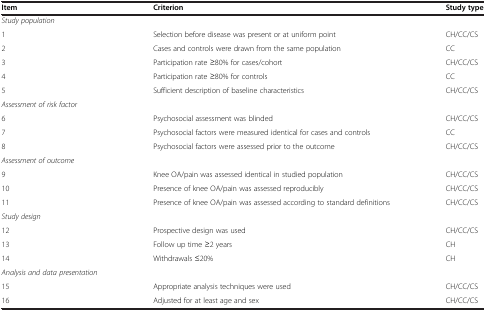
<table><thead><tr><td><b>Item</b></td><td><b>Criterion</b></td><td><b>Study type</b></td></tr></thead><tbody><tr><td><i>Study population</i></td><td> </td><td> </td></tr><tr><td>1</td><td>Selection before disease was present or at uniform point</td><td>CH/CC/CS</td></tr><tr><td>2</td><td>Cases and controls were drawn from the same population</td><td>CC</td></tr><tr><td>3</td><td>Participation rate ≥80% for cases/cohort</td><td>CH/CC/CS</td></tr><tr><td>4</td><td>Participation rate ≥80% for controls</td><td>CC</td></tr><tr><td>5</td><td>Sufficient description of baseline characteristics</td><td>CH/CC/CS</td></tr><tr><td><i>Assessment of risk factor</i></td><td> </td><td> </td></tr><tr><td>6</td><td>Psychosocial assessment was blinded</td><td>CH/CC/CS</td></tr><tr><td>7</td><td>Psychosocial factors were measured identical for cases and controls</td><td>CC</td></tr><tr><td>8</td><td>Psychosocial factors were assessed prior to the outcome</td><td>CH/CC/CS</td></tr><tr><td><i>Assessment of outcome</i></td><td> </td><td> </td></tr><tr><td>9</td><td>Knee OA/pain was assessed identical in studied population</td><td>CH/CC/CS</td></tr><tr><td>10</td><td>Presence of knee OA/pain was assessed reproducibly</td><td>CH/CC/CS</td></tr><tr><td>11</td><td>Presence of knee OA/pain was assessed according to standard definitions</td><td>CH/CC/CS</td></tr><tr><td><i>Study design</i></td><td> </td><td> </td></tr><tr><td>12</td><td>Prospective design was used</td><td>CH/CC/CS</td></tr><tr><td>13</td><td>Follow up time ≥2 years</td><td>CH</td></tr><tr><td>14</td><td>Withdrawals ≤20%</td><td>CH</td></tr><tr><td><i>Analysis and data presentation</i></td><td> </td><td> </td></tr><tr><td>15</td><td>Appropriate analysis techniques were used</td><td>CH/CC/CS</td></tr><tr><td>16</td><td>Adjusted for at least age and sex</td><td>CH/CC/CS</td></tr></tbody></table>